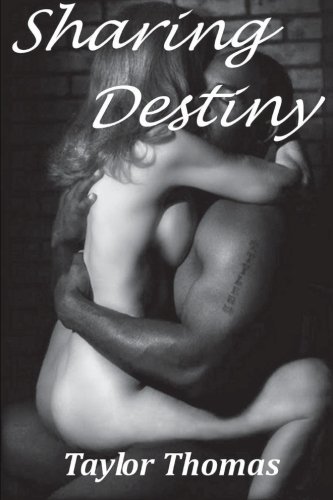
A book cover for Sharing Destiny; Taylor Thomas; Romance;